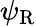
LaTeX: \psi_{\mathrm{{R}}}